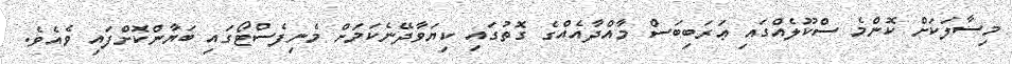
މިސާލަކަށް ކޮންމެ ސްކޫލެއްގައި ޢަރަބިބަސް މާއްދާއެއްގެ ގޮތުގައި ކިޔަވާދޭނެކަމަށް މެނިފެސްޓޯގައި ބަޔާންކޮށްފައި ވެއެވެ.